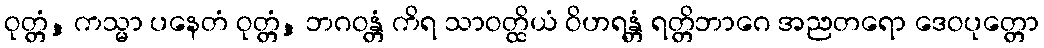
ဝုတ္တံ, ကသ္မာ ပနေတံ ဝုတ္တံ, ဘဂဝန္တံ ကိရ သာဝတ္ထိယံ ဝိဟရန္တံ ရတ္တိဘာဂေ အညတရော ဒေဝပုတ္တော